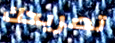
تصريحك